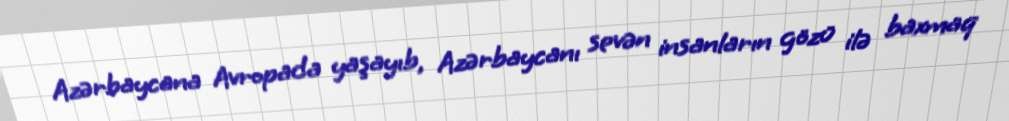
Azərbaycana Avropada yaşayıb, Azərbaycanı sevən insanların gözü ilə baxmaq